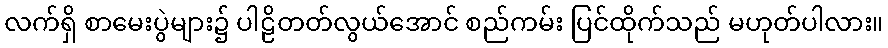
လက်ရှိ စာမေးပွဲများ၌ ပါဠိတတ်လွယ်အောင် စည်ကမ်း ပြင်ထိုက်သည် မဟုတ်ပါလား။